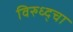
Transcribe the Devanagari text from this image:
विरुध्द्चा